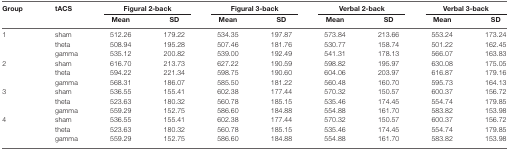
<table><thead><tr><td><b>Group</b></td><td><b>tACS</b></td><td colspan="2"><b>Figural 2-back</b></td><td colspan="2"><b>Figural 3-back</b></td><td colspan="2"><b>Verbal 2-back</b></td><td colspan="2"><b>Verbal 3-back</b></td></tr><tr><td>[EMPTY_CELL]</td><td>[EMPTY_CELL]</td><td><b>Mean</b></td><td><b>SD</b></td><td><b>Mean</b></td><td><b>SD</b></td><td><b>Mean</b></td><td><b>SD</b></td><td><b>Mean</b></td><td><b>SD</b></td></tr></thead><tbody><tr><td>1</td><td>sham</td><td>512.26</td><td>179.22</td><td>534.35</td><td>197.87</td><td>573.84</td><td>213.66</td><td>553.24</td><td>173.24</td></tr><tr><td>[EMPTY_CELL]</td><td>theta</td><td>508.94</td><td>195.28</td><td>507.46</td><td>181.76</td><td>530.77</td><td>158.74</td><td>501.22</td><td>162.45</td></tr><tr><td>[EMPTY_CELL]</td><td>gamma</td><td>535.12</td><td>200.82</td><td>539.00</td><td>192.49</td><td>541.31</td><td>178.13</td><td>566.07</td><td>163.83</td></tr><tr><td>2</td><td>sham</td><td>616.70</td><td>213.73</td><td>627.22</td><td>190.59</td><td>598.82</td><td>195.97</td><td>630.08</td><td>175.05</td></tr><tr><td>[EMPTY_CELL]</td><td>theta</td><td>594.22</td><td>221.34</td><td>598.75</td><td>190.60</td><td>604.06</td><td>203.97</td><td>616.87</td><td>179.16</td></tr><tr><td>[EMPTY_CELL]</td><td>gamma</td><td>568.31</td><td>186.07</td><td>585.50</td><td>181.22</td><td>560.48</td><td>160.70</td><td>595.73</td><td>164.13</td></tr><tr><td>3</td><td>sham</td><td>536.55</td><td>155.41</td><td>602.38</td><td>177.44</td><td>570.32</td><td>150.57</td><td>600.37</td><td>156.72</td></tr><tr><td>[EMPTY_CELL]</td><td>theta</td><td>523.63</td><td>180.32</td><td>560.78</td><td>185.15</td><td>535.46</td><td>174.45</td><td>554.74</td><td>179.85</td></tr><tr><td>[EMPTY_CELL]</td><td>gamma</td><td>559.29</td><td>152.75</td><td>586.60</td><td>184.88</td><td>554.88</td><td>161.70</td><td>583.82</td><td>153.98</td></tr><tr><td>4</td><td>sham</td><td>536.55</td><td>155.41</td><td>602.38</td><td>177.44</td><td>570.32</td><td>150.57</td><td>600.37</td><td>156.72</td></tr><tr><td>[EMPTY_CELL]</td><td>theta</td><td>523.63</td><td>180.32</td><td>560.78</td><td>185.15</td><td>535.46</td><td>174.45</td><td>554.74</td><td>179.85</td></tr><tr><td>[EMPTY_CELL]</td><td>gamma</td><td>559.29</td><td>152.75</td><td>586.60</td><td>184.88</td><td>554.88</td><td>161.70</td><td>583.82</td><td>153.98</td></tr></tbody></table>